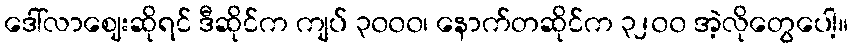
ဒေါ်လာဈေးဆိုရင် ဒီဆိုင်က ကျပ် ၃၀၀၀၊ နောက်တဆိုင်က ၃၂၀၀ အဲ့လိုတွေပေါ့။